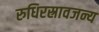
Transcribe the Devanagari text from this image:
रुधिरस्रावजन्य